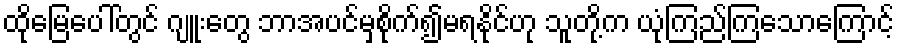
ထိုမြေပေါ်တွင် ဂျူးတွေ ဘာအပင်မှစိုက်၍မရနိုင်ဟု သူတို့က ယုံကြည်ကြသောကြောင့်